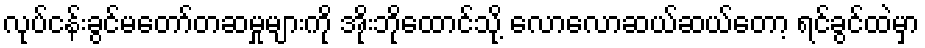
လုပ်ငန်းခွင်မတော်တဆမှုများကို အိုးဘိုထောင်သို့ လောလောဆယ်ဆယ်တော့ ရင်ခွင်ထဲမှာ